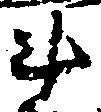
斗